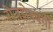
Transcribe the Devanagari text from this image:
रोजझेनबर्गी